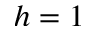
h = 1